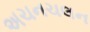
અચનચલન